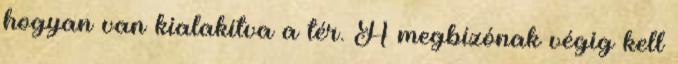
hogyan van kialakítva a tér. A megbízónak végig kell